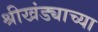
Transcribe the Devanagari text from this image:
श्रीखंड्याच्या